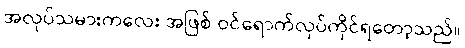
အလုပ်သမားကလေး အဖြစ် ဝင်ရောက်လုပ်ကိုင်ရတော့သည်။